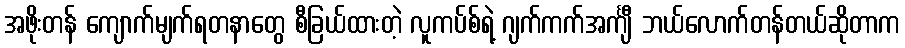
အဖိုးတန် ကျောက်မျက်ရတနာတွေ စီခြယ်ထားတဲ့ လူကပ်စ်ရဲ့ ဂျက်ကက်အင်္ကျီ ဘယ်လောက်တန်တယ်ဆိုတာက